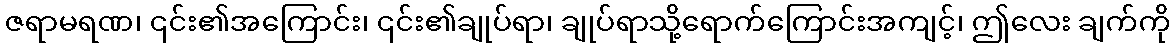
ဇရာမရဏ၊ ၎င်း၏အကြောင်း၊ ၎င်း၏ချုပ်ရာ၊ ချုပ်ရာသို့ရောက်ကြောင်းအကျင့်၊ ဤလေး ချက်ကို